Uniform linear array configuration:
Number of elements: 32
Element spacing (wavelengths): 0.5
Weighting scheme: kaiser
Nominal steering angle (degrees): -45
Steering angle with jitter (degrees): -43.554
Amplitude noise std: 0.05
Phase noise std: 0.05

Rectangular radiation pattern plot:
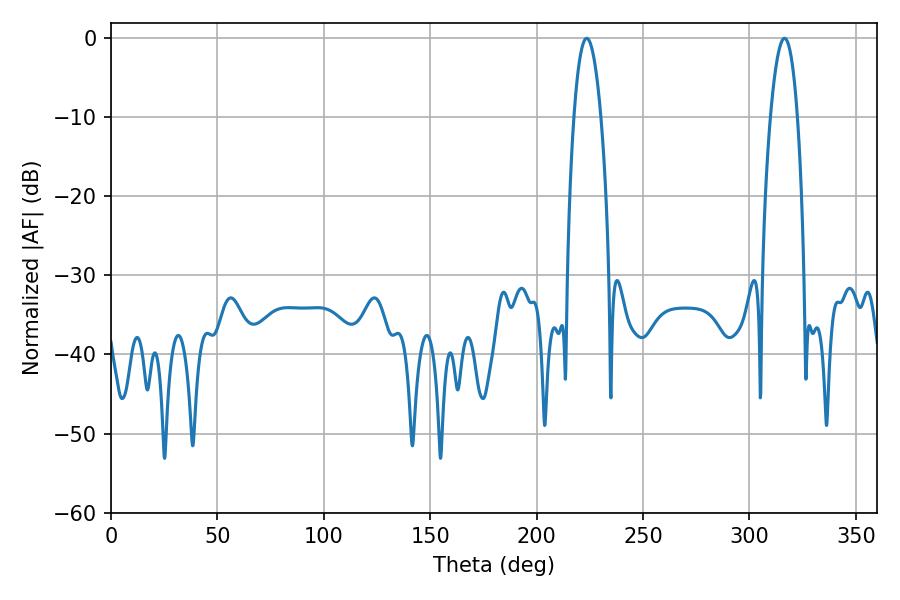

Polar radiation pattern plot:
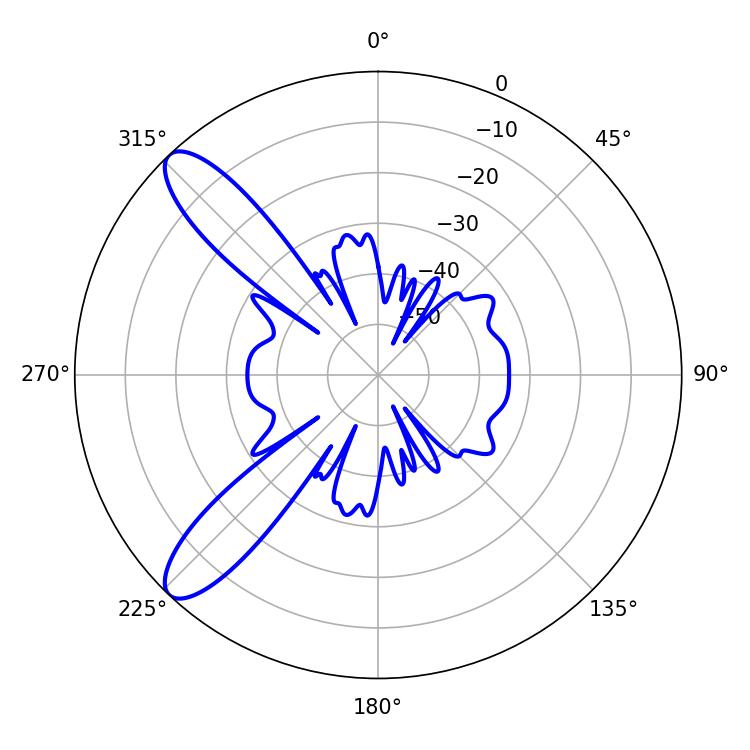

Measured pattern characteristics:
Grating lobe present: FALSE
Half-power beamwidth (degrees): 7.02
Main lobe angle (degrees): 223.56